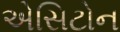
એસિટોન